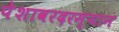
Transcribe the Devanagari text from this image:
पेशावरदरम्यान